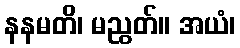
နနမတိ၊ မညွတ်။ အယံ၊